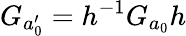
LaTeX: G_{a_{0}^{\prime}}=h^{-1}G_{a_{0}}h